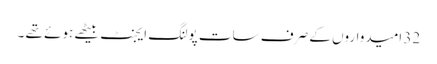
32 امیدواروں کے صرف سات پولنگ ایجنٹ بیٹھے ہوئے تھے ۔